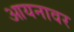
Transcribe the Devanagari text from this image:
आयनावर